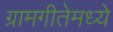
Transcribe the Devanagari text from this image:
ग्रामगीतेमध्ये